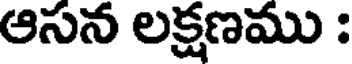
ఆసన లక్షణము :